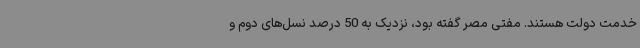
خدمت دولت هستند. مفتی مصر گفته بود، نزدیک به 50 درصد نسل‌های دوم و